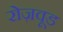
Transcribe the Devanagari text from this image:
रोज़वूड